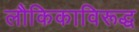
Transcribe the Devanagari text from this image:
लौकिकाविरूद्ध